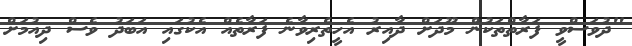
"ދުވަސްވީ ފަރާތްތަކުން މޫދަށް ދާއިރު އެހީތެރިވާނެ ފަރާތެއް އެކުގައި އަބަދު ވެސް ދިއުމަށް